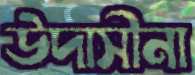
উদাসীনা